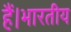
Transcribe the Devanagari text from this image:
हैं।भारतीय